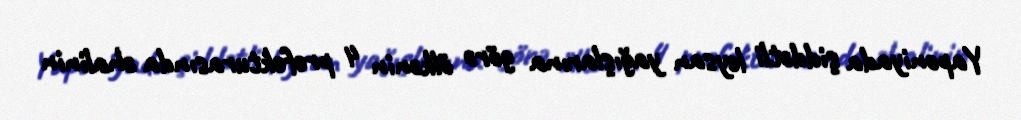
Yaponiyada şiddətli leysan yağışlarına görə ölkənin 4 prefekturasında əhalinin